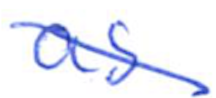
Text: as
Cross-out: mix
Writing tool: ballpoint